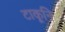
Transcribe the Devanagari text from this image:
टाकूनि